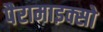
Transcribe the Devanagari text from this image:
पैरामाइक्सो